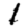
Digit: 1